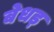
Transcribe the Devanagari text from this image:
बेधड़